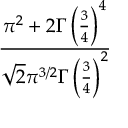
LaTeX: \frac { \pi ^ { 2 } + 2 \Gamma \left( { \frac { 3 } { 4 } } \right) ^ { 4 } } { { \sqrt { 2 } } \pi ^ { 3 / 2 } \Gamma \left( { \frac { 3 } { 4 } } \right) ^ { 2 } }